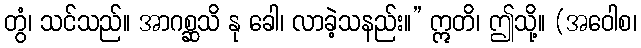
တွံ၊ သင်သည်။ အာဂစ္ဆသိ နု ခေါ၊ လာခဲ့သနည်း။” ဣတိ၊ ဤသို့။ (အဝေါစ၊